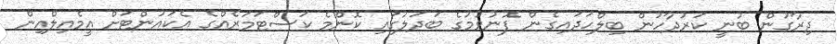
ދިރާގުން ބުނީ ކަރުދާހުން ބިލްހަދައިގެން ފޮނުވުމުގެ ބަދަލުގައި ކޮންމެ ކަސްޓަމަރެއްގެ އެކައުންޓަށް އީމެއިލްއިން